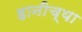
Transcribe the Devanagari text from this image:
हानीच्या